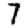
Digit: 7